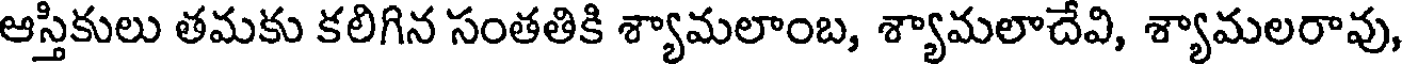
ఆస్తికులు తమకు కలిగిన సంతతికి శ్యామలాంబ, శ్యామలాదేవి, శ్యామలరావు,